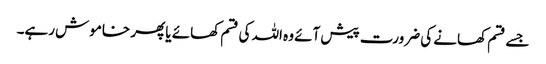
جسے قسم کھانے کی ضرورت پیش آئے وہ اللہ کی قسم کھائے یا پھر خاموش رہے۔